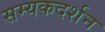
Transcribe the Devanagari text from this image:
सम्यकदर्शन